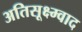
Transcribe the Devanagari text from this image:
अतिसूक्ष्म्वाद